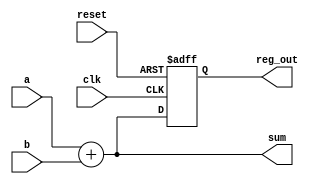
module example_design (
    input wire clk,          // Clock input
    input wire reset,        // Reset input
    input wire [3:0] a,     // 4-bit input
    input wire [3:0] b,     // 4-bit input
    output reg [3:0] sum,    // 4-bit output for sum
    output reg [3:0] reg_out // 4-bit output for registered value
);

// Combinational logic block
always @* begin
    sum = a + b; // Sum of inputs a and b
end

// Sequential logic block
always @(posedge clk or posedge reset) begin
    if (reset) begin
        reg_out <= 4'b0000; // Reset output to 0
    end else begin
        reg_out <= sum; // Store the sum in reg_out on clock edge
    end
end

endmodule